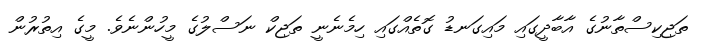
ތަޖިކިސްތާނުގެ އާބާދީގައި މައިގަނޑު ގޮތެއްގައި ހިމެނެނީ ތަޖިކް ނަސްލުގެ މީހުންނެވެ. މީގެ އިތުރުން